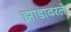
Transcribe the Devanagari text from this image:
झाडावरले